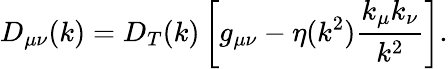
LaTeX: D_{\mu\nu}(k)=D_{T}(k)\left[g_{\mu\nu}-\eta(k^{2})\frac{k_{\mu}k_{\nu}}{k^{2}}\right].